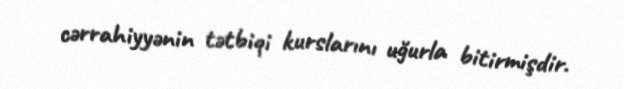
cərrahiyyənin tətbiqi kurslarını uğurla bitirmişdir.